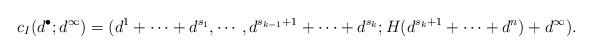
LaTeX: \begin{align*}c_I(d^{\bullet}; d^{\infty})= (d^1+ \cdots + d^{s_1}, \cdots, d^{s_{k-1}+1} + \cdots + d^{s_k}; H(d^{s_k+1} + \cdots + d^n) + d^{\infty}).\end{align*}